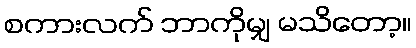
စကားလက် ဘာကိုမျှ မသိတော့။